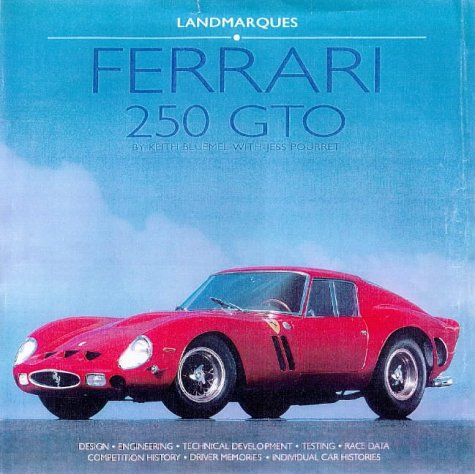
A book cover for Ferrari 250 Gto (Landmarques); Keith Bluemel; Engineering & Transportation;